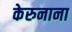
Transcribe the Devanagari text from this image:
केरुनाना